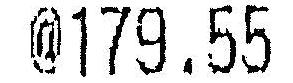
@179.55